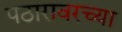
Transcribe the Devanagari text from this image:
पठारावरच्या